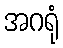
အဂရုံ